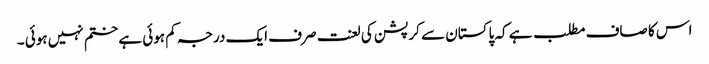
اس کا صاف مطلب ہے کہ پاکستان سے کرپشن کی لعنت صرف ایک درجہ کم ہوئی ہے ختم نہیں ہوئی ۔